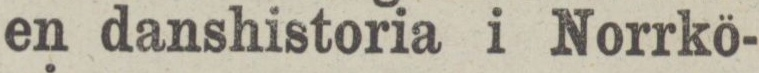
en danshistoria i Norrkö-